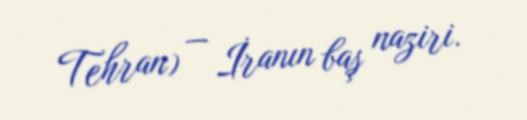
Tehran) — İranın baş naziri.